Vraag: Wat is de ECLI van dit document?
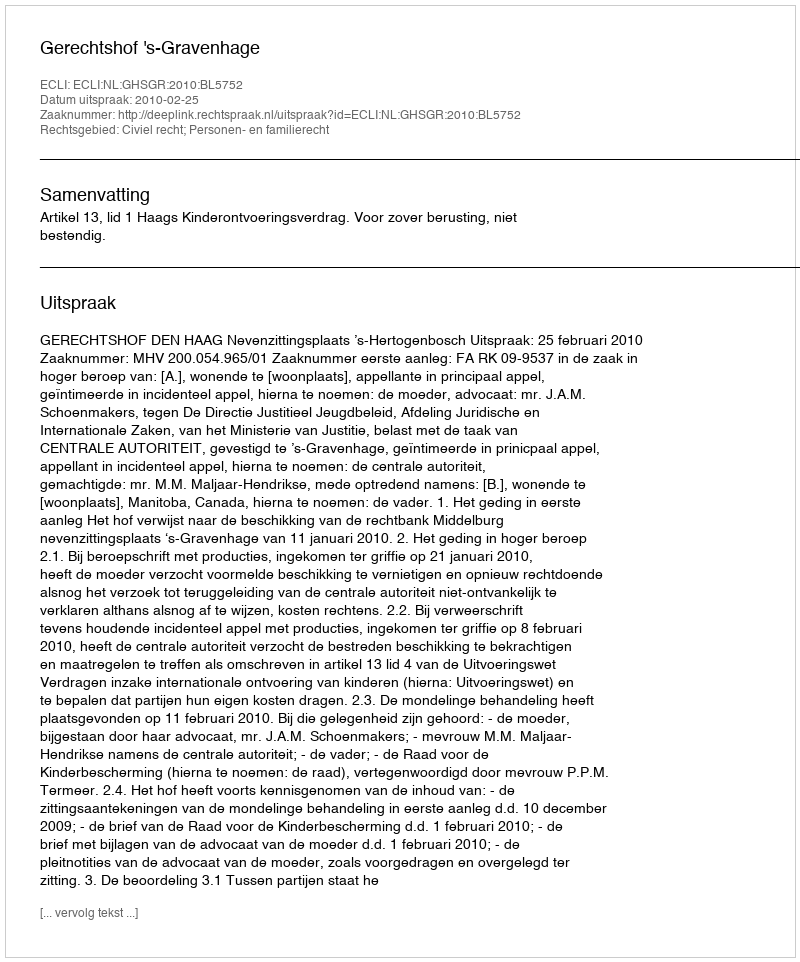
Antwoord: ECLI:NL:GHSGR:2010:BL5752